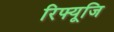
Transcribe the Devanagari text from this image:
रिफ्यूजि